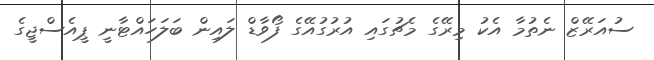
ސުއަރޭޒް ނެތުމާ އެކު މިރޭގެ މެޗުގައި އުރުގުއޭގެ ފޯވާޑް ލައިން ބަލަހައްޓާނީ ޕީއެސްޖީގެ